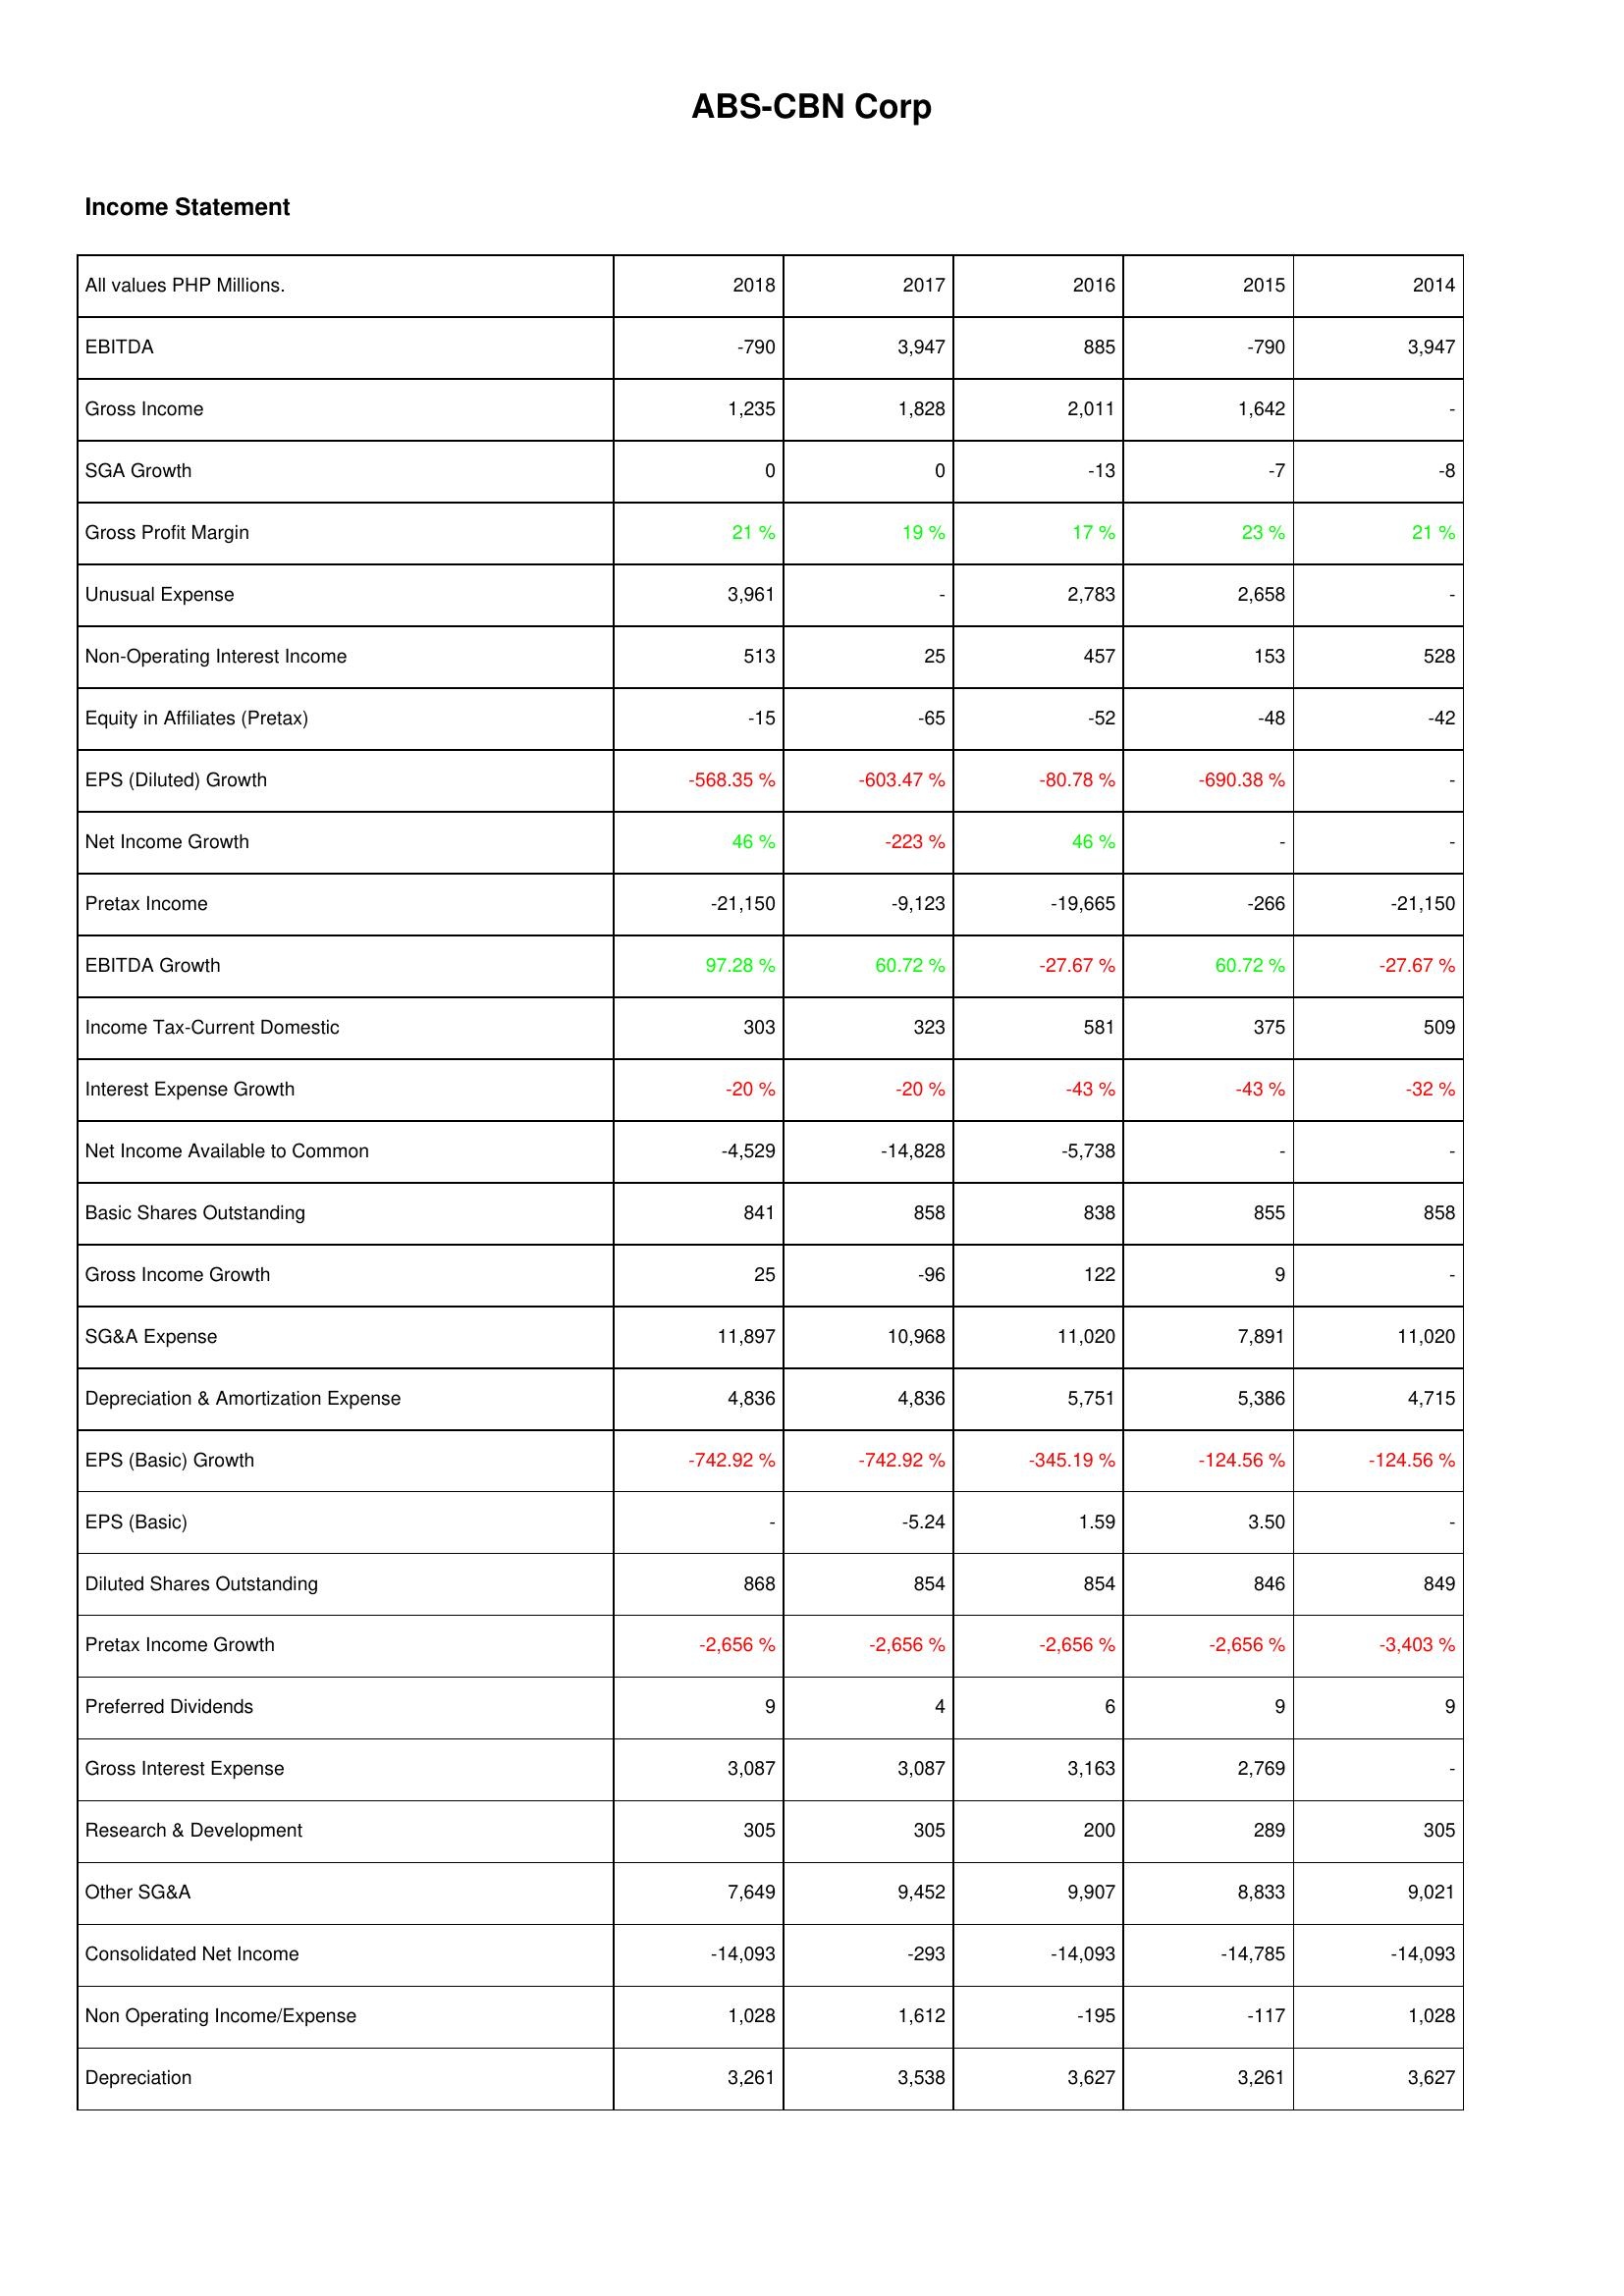
2018: Income Statement: EBITDA: -790
Gross Income: 1,235
SGA Growth: 0
Gross Profit Margin: 21 %
Unusual Expense: 3,961
Non-Operating Interest Income: 513
Equity in Affiliates (Pretax): -15
EPS (Diluted) Growth: -568.35 %
Net Income Growth: 46 %
Pretax Income: -21,150
EBITDA Growth: 97.28 %
Income Tax-Current Domestic: 303
Interest Expense Growth: -20 %
Net Income Available to Common: -4,529
Basic Shares Outstanding: 841
Gross Income Growth: 25
SG&A Expense: 11,897
Depreciation & Amortization Expense: 4,836
EPS (Basic) Growth: -742.92 %
EPS (Basic): -
Diluted Shares Outstanding: 868
Pretax Income Growth: -2,656 %
Preferred Dividends: 9
Gross Interest Expense: 3,087
Research & Development: 305
Other SG&A: 7,649
Consolidated Net Income: -14,093
Non Operating Income/Expense: 1,028
Depreciation: 3,261
2017: Income Statement: EBITDA: 3,947
Gross Income: 1,828
SGA Growth: 0
Gross Profit Margin: 19 %
Unusual Expense: -
Non-Operating Interest Income: 25
Equity in Affiliates (Pretax): -65
EPS (Diluted) Growth: -603.47 %
Net Income Growth: -223 %
Pretax Income: -9,123
EBITDA Growth: 60.72 %
Income Tax-Current Domestic: 323
Interest Expense Growth: -20 %
Net Income Available to Common: -14,828
Basic Shares Outstanding: 858
Gross Income Growth: -96
SG&A Expense: 10,968
Depreciation & Amortization Expense: 4,836
EPS (Basic) Growth: -742.92 %
EPS (Basic): -5.24
Diluted Shares Outstanding: 854
Pretax Income Growth: -2,656 %
Preferred Dividends: 4
Gross Interest Expense: 3,087
Research & Development: 305
Other SG&A: 9,452
Consolidated Net Income: -293
Non Operating Income/Expense: 1,612
Depreciation: 3,538
2016: Income Statement: EBITDA: 885
Gross Income: 2,011
SGA Growth: -13
Gross Profit Margin: 17 %
Unusual Expense: 2,783
Non-Operating Interest Income: 457
Equity in Affiliates (Pretax): -52
EPS (Diluted) Growth: -80.78 %
Net Income Growth: 46 %
Pretax Income: -19,665
EBITDA Growth: -27.67 %
Income Tax-Current Domestic: 581
Interest Expense Growth: -43 %
Net Income Available to Common: -5,738
Basic Shares Outstanding: 838
Gross Income Growth: 122
SG&A Expense: 11,020
Depreciation & Amortization Expense: 5,751
EPS (Basic) Growth: -345.19 %
EPS (Basic): 1.59
Diluted Shares Outstanding: 854
Pretax Income Growth: -2,656 %
Preferred Dividends: 6
Gross Interest Expense: 3,163
Research & Development: 200
Other SG&A: 9,907
Consolidated Net Income: -14,093
Non Operating Income/Expense: -195
Depreciation: 3,627
2015: Income Statement: EBITDA: -790
Gross Income: 1,642
SGA Growth: -7
Gross Profit Margin: 23 %
Unusual Expense: 2,658
Non-Operating Interest Income: 153
Equity in Affiliates (Pretax): -48
EPS (Diluted) Growth: -690.38 %
Net Income Growth: -
Pretax Income: -266
EBITDA Growth: 60.72 %
Income Tax-Current Domestic: 375
Interest Expense Growth: -43 %
Net Income Available to Common: -
Basic Shares Outstanding: 855
Gross Income Growth: 9
SG&A Expense: 7,891
Depreciation & Amortization Expense: 5,386
EPS (Basic) Growth: -124.56 %
EPS (Basic): 3.50
Diluted Shares Outstanding: 846
Pretax Income Growth: -2,656 %
Preferred Dividends: 9
Gross Interest Expense: 2,769
Research & Development: 289
Other SG&A: 8,833
Consolidated Net Income: -14,785
Non Operating Income/Expense: -117
Depreciation: 3,261
2014: Income Statement: EBITDA: 3,947
Gross Income: -
SGA Growth: -8
Gross Profit Margin: 21 %
Unusual Expense: -
Non-Operating Interest Income: 528
Equity in Affiliates (Pretax): -42
EPS (Diluted) Growth: -
Net Income Growth: -
Pretax Income: -21,150
EBITDA Growth: -27.67 %
Income Tax-Current Domestic: 509
Interest Expense Growth: -32 %
Net Income Available to Common: -
Basic Shares Outstanding: 858
Gross Income Growth: -
SG&A Expense: 11,020
Depreciation & Amortization Expense: 4,715
EPS (Basic) Growth: -124.56 %
EPS (Basic): -
Diluted Shares Outstanding: 849
Pretax Income Growth: -3,403 %
Preferred Dividends: 9
Gross Interest Expense: -
Research & Development: 305
Other SG&A: 9,021
Consolidated Net Income: -14,093
Non Operating Income/Expense: 1,028
Depreciation: 3,627